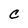
Character: C